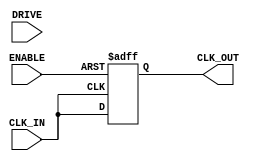
module ClockBuffer (
    input wire CLK_IN,        // Single-ended clock input
    input wire ENABLE,        // Enable signal for the clock buffer
    input wire [1:0] DRIVE,   // Drive strength configuration
    output reg CLK_OUT        // Single-ended clock output
);

    // Parameter definitions for propagation delay
    parameter MIN_PROP_DELAY = 2; // Minimum propagation delay in ns
    parameter MAX_PROP_DELAY = 5; // Maximum propagation delay in ns

    // Internal signal for clock output
    reg clk_out_internal;

    // Drive strength configurations (example values)
    localparam DRIVE_LOW   = 1; // Low drive strength
    localparam DRIVE_MEDIUM = 2; // Medium drive strength
    localparam DRIVE_HIGH   = 3; // High drive strength

    // Hysteresis implementation can be handled in the actual hardware,
    // but for simulation, we'll assume a simple transition.

    always @(posedge CLK_IN or negedge ENABLE) begin
        if (!ENABLE) begin
            // When disabled, drive CLK_OUT to a known state (low)
            CLK_OUT <= 1'b0;
        end else begin
            // Propagation delay simulation
            #MIN_PROP_DELAY clk_out_internal = CLK_IN; // Initial delay
            #MAX_PROP_DELAY CLK_OUT <= clk_out_internal; // Final output after delay
        end
    end

    // Drive strength control (simplified simulation)
    always @(posedge CLK_OUT) begin
        case (DRIVE)
            DRIVE_LOW: begin
                // Implement low drive strength behavior (if needed)
            end
            DRIVE_MEDIUM: begin
                // Implement medium drive strength behavior (if needed)
            end
            DRIVE_HIGH: begin
                // Implement high drive strength behavior (if needed)
            end
            default: begin
                // Default case to handle unexpected drive strength
            end
        endcase
    end

endmodule